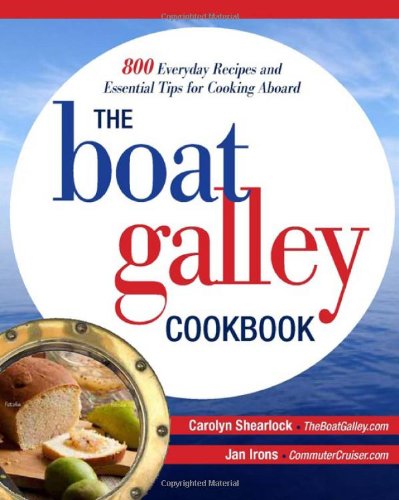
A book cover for The Boat Galley Cookbook: 800 Everyday Recipes and Essential Tips for Cooking Aboard; Carolyn Shearlock; Cookbooks, Food & Wine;